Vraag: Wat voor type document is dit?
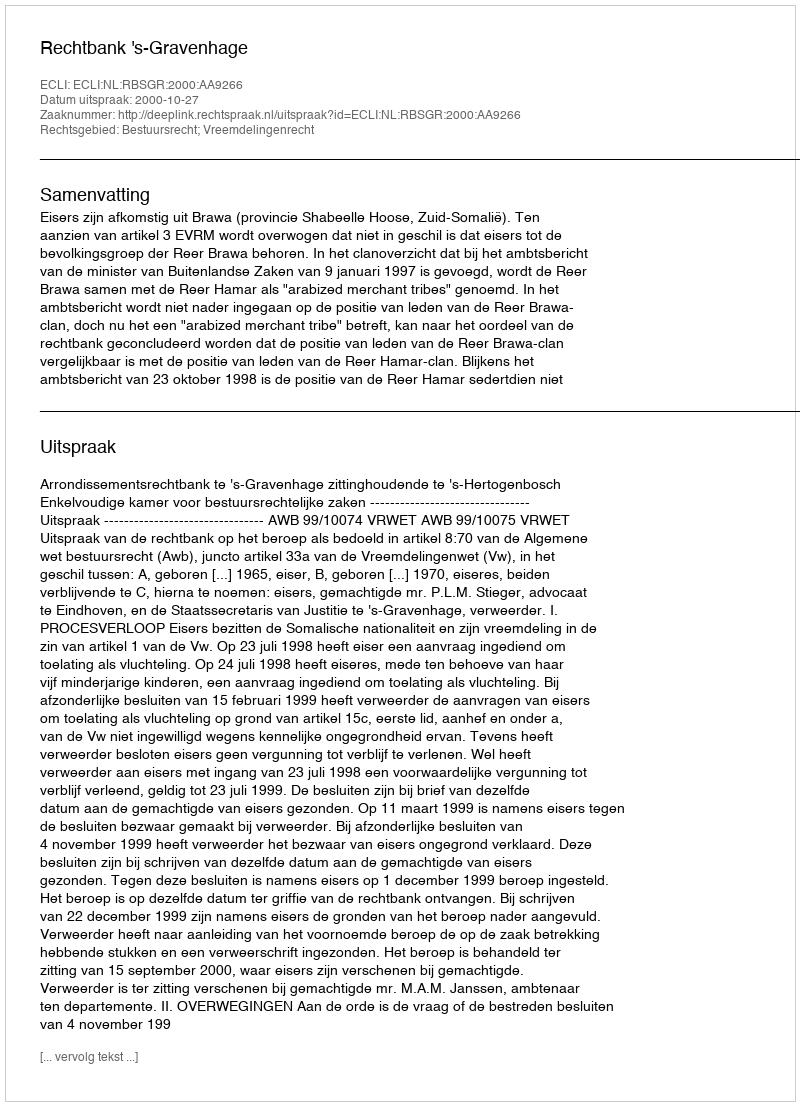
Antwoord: Uitspraak